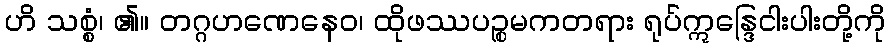
ဟိ သစ္စံ၊ ၏။ တဂ္ဂဟဏေနေဝ၊ ထိုဖဿပဉ္စမကတရား ရုပ်ဣန္ဒြေငါးပါးတို့ကို